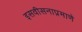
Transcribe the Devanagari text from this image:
इसवीसनाप्रमाणे